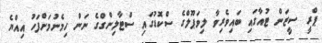
ޕްރީ ސީޒަން ޓުއާގައި ބައިވެރިވާ ލިވަޕޫލްގެ ސްކޮޑުގައި ސްޓާލިންގްގެ ނަން ހިމެނުމަށްފަހު އިއްޔެ